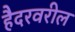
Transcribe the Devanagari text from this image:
हैदरवरील